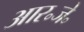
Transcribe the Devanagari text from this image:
आर॰जे॰